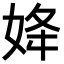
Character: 𡜠